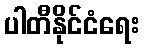
ပါတီနိုင်ငံရေး